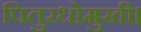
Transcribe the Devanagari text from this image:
पितुरधोमुखी।